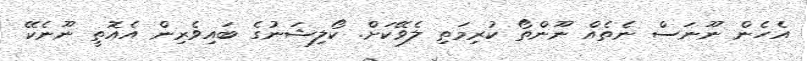
އެެހެން ނޫނަސް ނެތެއް ނޫންތޯ ކުރިމަތި ލެވޭކަށް. ކޯލިޝަނުގެ ބައިވެރިން އެއޮތީ ނޫނެކޭ